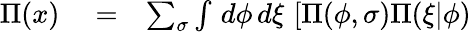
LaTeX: \begin{array}{rlr}{\Pi(x)}&{{}=}&{\sum_{\sigma}\int\, d\phi\, d\xi\, \left[\Pi(\phi,\sigma)\Pi(\xi|\phi)\right.}\end{array}